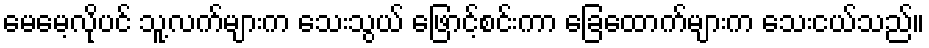
မေမေ့လိုပင် သူ့လက်များက သေးသွယ် ဖြောင့်စင်းကာ ခြေထောက်များက သေးငယ်သည်။